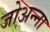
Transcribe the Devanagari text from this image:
जोअन्ना